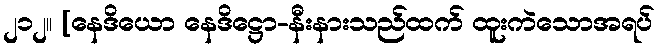
၂၁၂။ [နေဒိယော နေဒိဋ္ဌော-နီးနားသည်ထက် ထူးကဲသောအရပ်